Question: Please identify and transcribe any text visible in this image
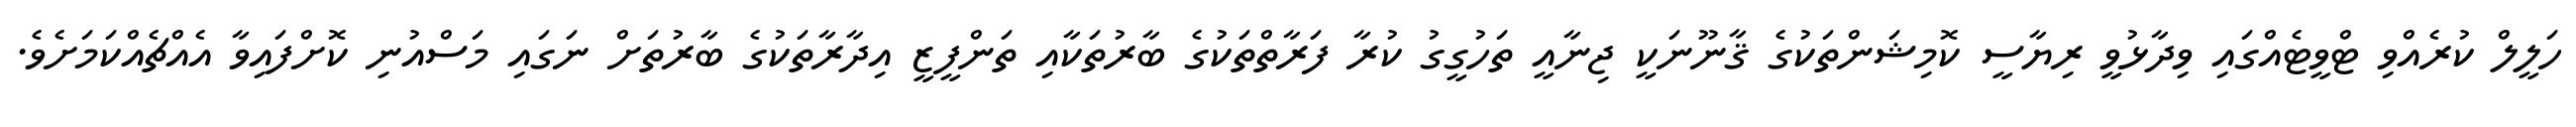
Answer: ހަލީލް ކުރެއްވި ޓްވީޓެއްގައި ވިދާޅުވީ ރިޔާސީ ކޮމިޝަންތަކުގެ ޤާނޫނަކީ ޖިނާއީ ތަހުގީގު ކުރާ ފަރާތްތަކުގެ ބާރުތަކާއި ތަންފީޒީ އިދާރާތަކުގެ ބާރުތަށް ނަގައި މަސްއުނި ކޮށްފައިވާ އެއްޗެއްކަމަށެވެ.